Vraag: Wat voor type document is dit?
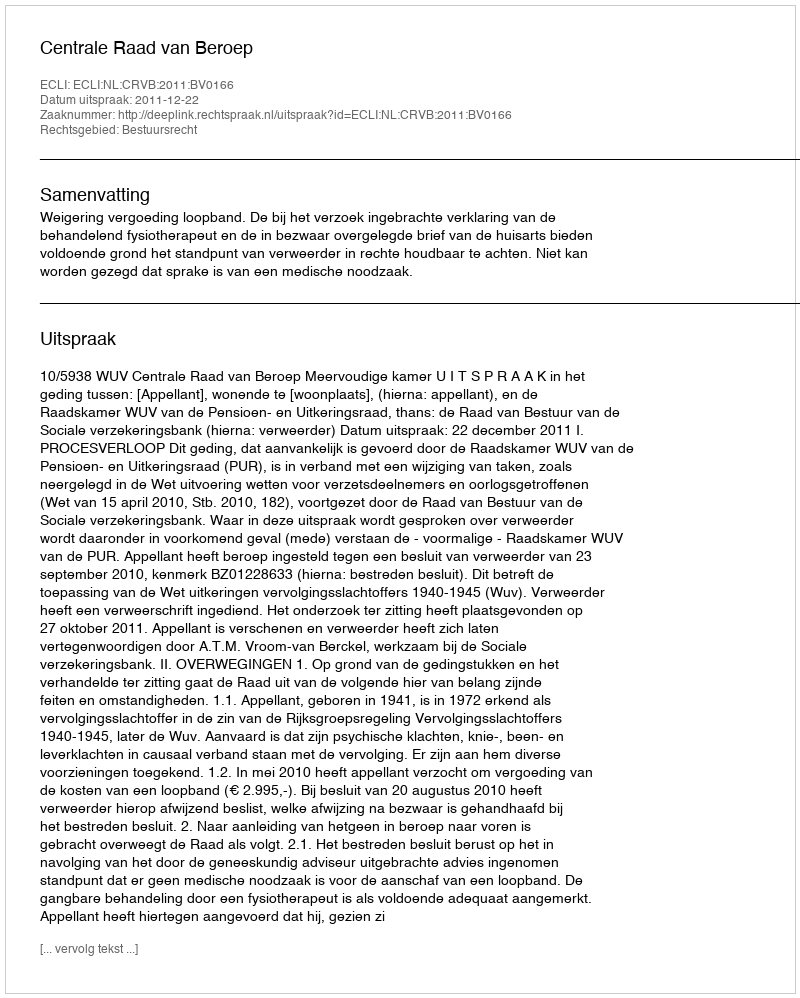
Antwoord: Uitspraak